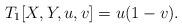
LaTeX: \begin{align*}T_1[X, Y, u, v] = u(1-v).\end{align*}